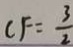
C F = \frac { 3 } { 2 }